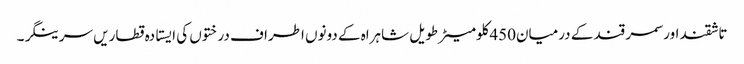
تاشقند اور سمر قند کے درمیان450کلومیٹر طویل شاہراہ کے دونوں اطراف درختوں کی ایستادہ قطاریں سرینگر۔